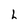
Character: h